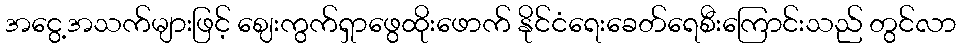
အငွေ့အသက်များဖြင့် ဈေးကွက်ရှာဖွေထိုးဖောက် နိုင်ငံရေးခေတ်ရေစီးကြောင်းသည် တွင်လာ